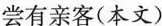
尝有亲客(本文)